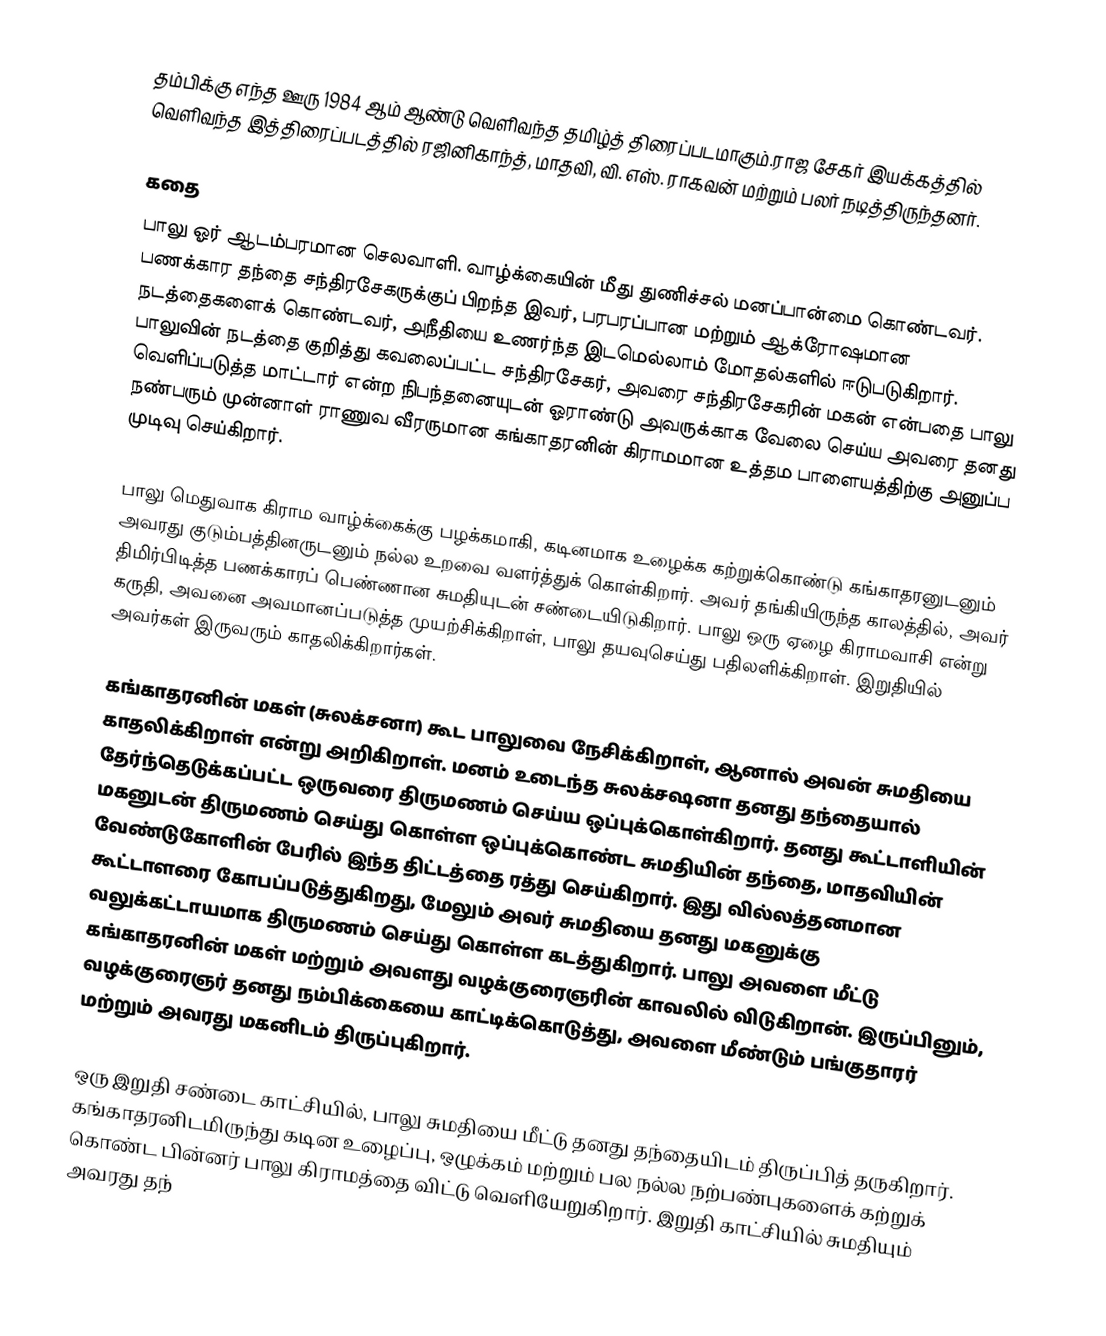
தம்பிக்கு எந்த ஊரு 1984 ஆம் ஆண்டு வெளிவந்த தமிழ்த் திரைப்படமாகும்.ராஜ சேகர் இயக்கத்தில் வெளிவந்த இத்திரைப்படத்தில் ரஜினிகாந்த், மாதவி,  வி. எஸ். ராகவன் மற்றும் பலர் நடித்திருந்தனர்.

கதை
பாலு ஓர் ஆடம்பரமான செலவாளி. வாழ்க்கையின் மீது துணிச்சல் மனப்பான்மை கொண்டவர். பணக்கார தந்தை சந்திரசேகருக்குப் பிறந்த இவர், பரபரப்பான மற்றும் ஆக்ரோஷமான நடத்தைகளைக் கொண்டவர், அநீதியை உணர்ந்த இடமெல்லாம் மோதல்களில் ஈடுபடுகிறார். பாலுவின் நடத்தை குறித்து கவலைப்பட்ட சந்திரசேகர், அவரை சந்திரசேகரின் மகன் என்பதை பாலு வெளிப்படுத்த மாட்டார் என்ற நிபந்தனையுடன் ஓராண்டு அவருக்காக வேலை செய்ய அவரை தனது நண்பரும் முன்னாள் ராணுவ வீரருமான கங்காதரனின் கிராமமான உத்தம பாளையத்திற்கு அனுப்ப முடிவு செய்கிறார்.

பாலு மெதுவாக கிராம வாழ்க்கைக்கு பழக்கமாகி, கடினமாக உழைக்க கற்றுக்கொண்டு கங்காதரனுடனும் அவரது குடும்பத்தினருடனும் நல்ல உறவை வளர்த்துக் கொள்கிறார். அவர் தங்கியிருந்த காலத்தில், அவர் திமிர்பிடித்த பணக்காரப் பெண்ணான சுமதியுடன் சண்டையிடுகிறார். பாலு ஒரு ஏழை கிராமவாசி என்று கருதி, அவனை அவமானப்படுத்த முயற்சிக்கிறாள், பாலு தயவுசெய்து பதிலளிக்கிறாள். இறுதியில் அவர்கள் இருவரும் காதலிக்கிறார்கள்.

கங்காதரனின் மகள் (சுலக்சனா) கூட பாலுவை நேசிக்கிறாள், ஆனால் அவன் சுமதியை காதலிக்கிறாள் என்று அறிகிறாள். மனம் உடைந்த சுலக்சஷனா தனது தந்தையால் தேர்ந்தெடுக்கப்பட்ட ஒருவரை திருமணம் செய்ய ஒப்புக்கொள்கிறார். தனது கூட்டாளியின் மகனுடன் திருமணம் செய்து கொள்ள ஒப்புக்கொண்ட சுமதியின் தந்தை, மாதவியின் வேண்டுகோளின் பேரில் இந்த திட்டத்தை ரத்து செய்கிறார். இது வில்லத்தனமான கூட்டாளரை கோபப்படுத்துகிறது, மேலும் அவர் சுமதியை தனது மகனுக்கு வலுக்கட்டாயமாக திருமணம் செய்து கொள்ள கடத்துகிறார். பாலு அவளை மீட்டு கங்காதரனின் மகள் மற்றும் அவளது வழக்குரைஞரின் காவலில் விடுகிறான். இருப்பினும், வழக்குரைஞர் தனது நம்பிக்கையை காட்டிக்கொடுத்து, அவளை மீண்டும் பங்குதாரர் மற்றும் அவரது மகனிடம் திருப்புகிறார்.

ஒரு இறுதி சண்டை காட்சியில், பாலு சுமதியை மீட்டு தனது தந்தையிடம் திருப்பித் தருகிறார். கங்காதரனிடமிருந்து கடின உழைப்பு, ஒழுக்கம் மற்றும் பல நல்ல நற்பண்புகளைக் கற்றுக் கொண்ட பின்னர் பாலு கிராமத்தை விட்டு வெளியேறுகிறார். இறுதி காட்சியில் சுமதியும் அவரது தந்